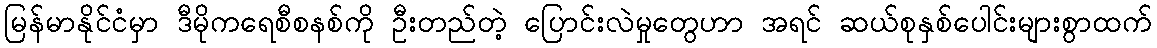
မြန်မာနိုင်ငံမှာ ဒီမိုကရေစီစနစ်ကို ဦးတည်တဲ့ ပြောင်းလဲမှုတွေဟာ အရင် ဆယ်စုနှစ်ပေါင်းများစွာထက်